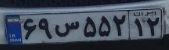
۶۹س۵۵۲۱۲